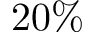
2 0 \%